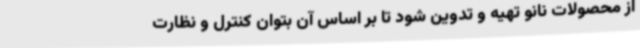
از محصولات نانو تهیه و تدوین شود تا بر اساس آن بتوان کنترل و نظارت